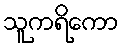
သူကရိကော